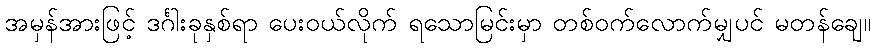
အမှန်အားဖြင့် ဒင်္ဂါးခုနှစ်ရာ ပေးဝယ်လိုက် ရသောမြင်းမှာ တစ်ဝက်လောက်မျှပင် မတန်ချေ။